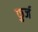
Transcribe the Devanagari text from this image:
फुर्ज